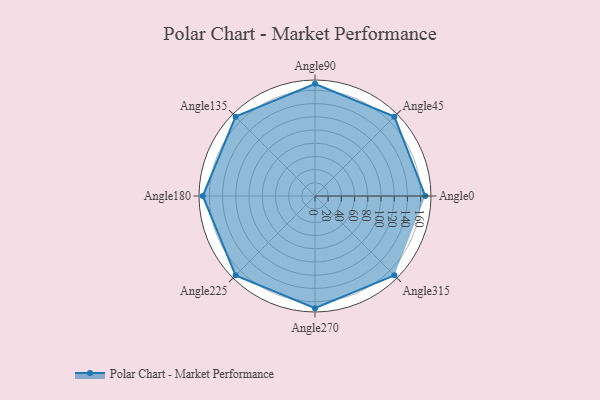
{"axis": {"x": "Angle", "y": "Radius"}, "legend": [""], "data": [{"x": "Angle0", "y": 167.0, "type": ""}, {"x": "Angle45", "y": 170, "type": ""}, {"x": "Angle90", "y": 170, "type": ""}, {"x": "Angle135", "y": 170, "type": ""}, {"x": "Angle180", "y": 170, "type": ""}, {"x": "Angle225", "y": 170, "type": ""}, {"x": "Angle270", "y": 170, "type": ""}, {"x": "Angle315", "y": 170, "type": ""}]}